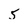
Character: 5